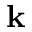
\mathbf { k }